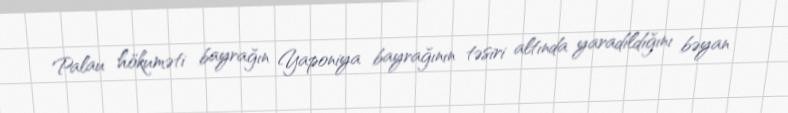
Palau hökuməti bayrağın Yaponiya bayrağının təsiri altında yaradıldığını bəyan